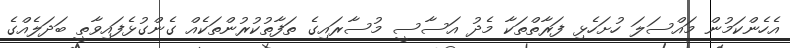
އެހެންކަމުން މައްސަލަ ހުށަހެޅި ފަރާތްތަކާ މެދު އަސާސީ މުސާރައިގެ ތަފާތުކުރުންތަކެއް ގެންގުޅެފައިވާތީ ބަދަލެއްގެ